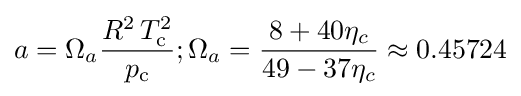
a=\Omega _{a}{\frac {R^{2}\,T_{\text{c}}^{2}}{p_{\text{c}}}};\Omega _{a}={\frac {8+40\eta _{c}}{49-37\eta _{c}}}\approx 0.45724